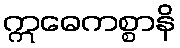
ဣဓေကစ္စာနိ